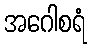
အဂေါစရံ